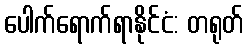
ပေါက်ရောက်ရာနိုင်ငံ: တရုတ်